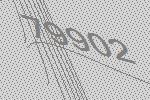
79902